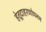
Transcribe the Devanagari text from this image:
हेतूदाहरणोपनय